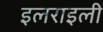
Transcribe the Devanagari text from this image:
इलराइली